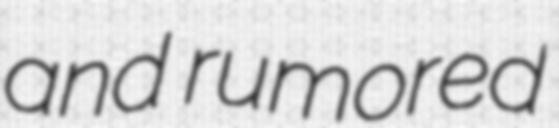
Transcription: and rumored